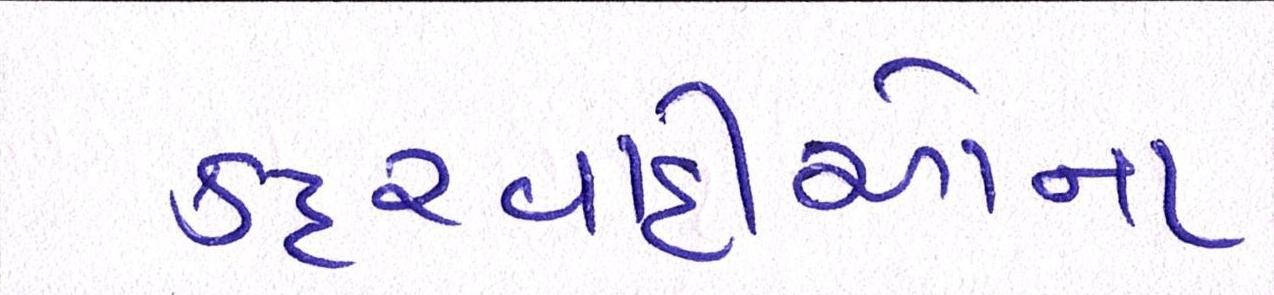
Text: કટ્ટરવાદીઓના